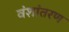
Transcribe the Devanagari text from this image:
वंशांतरण